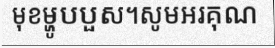
មុខម្ហូបបួស។សូមអរគុណ